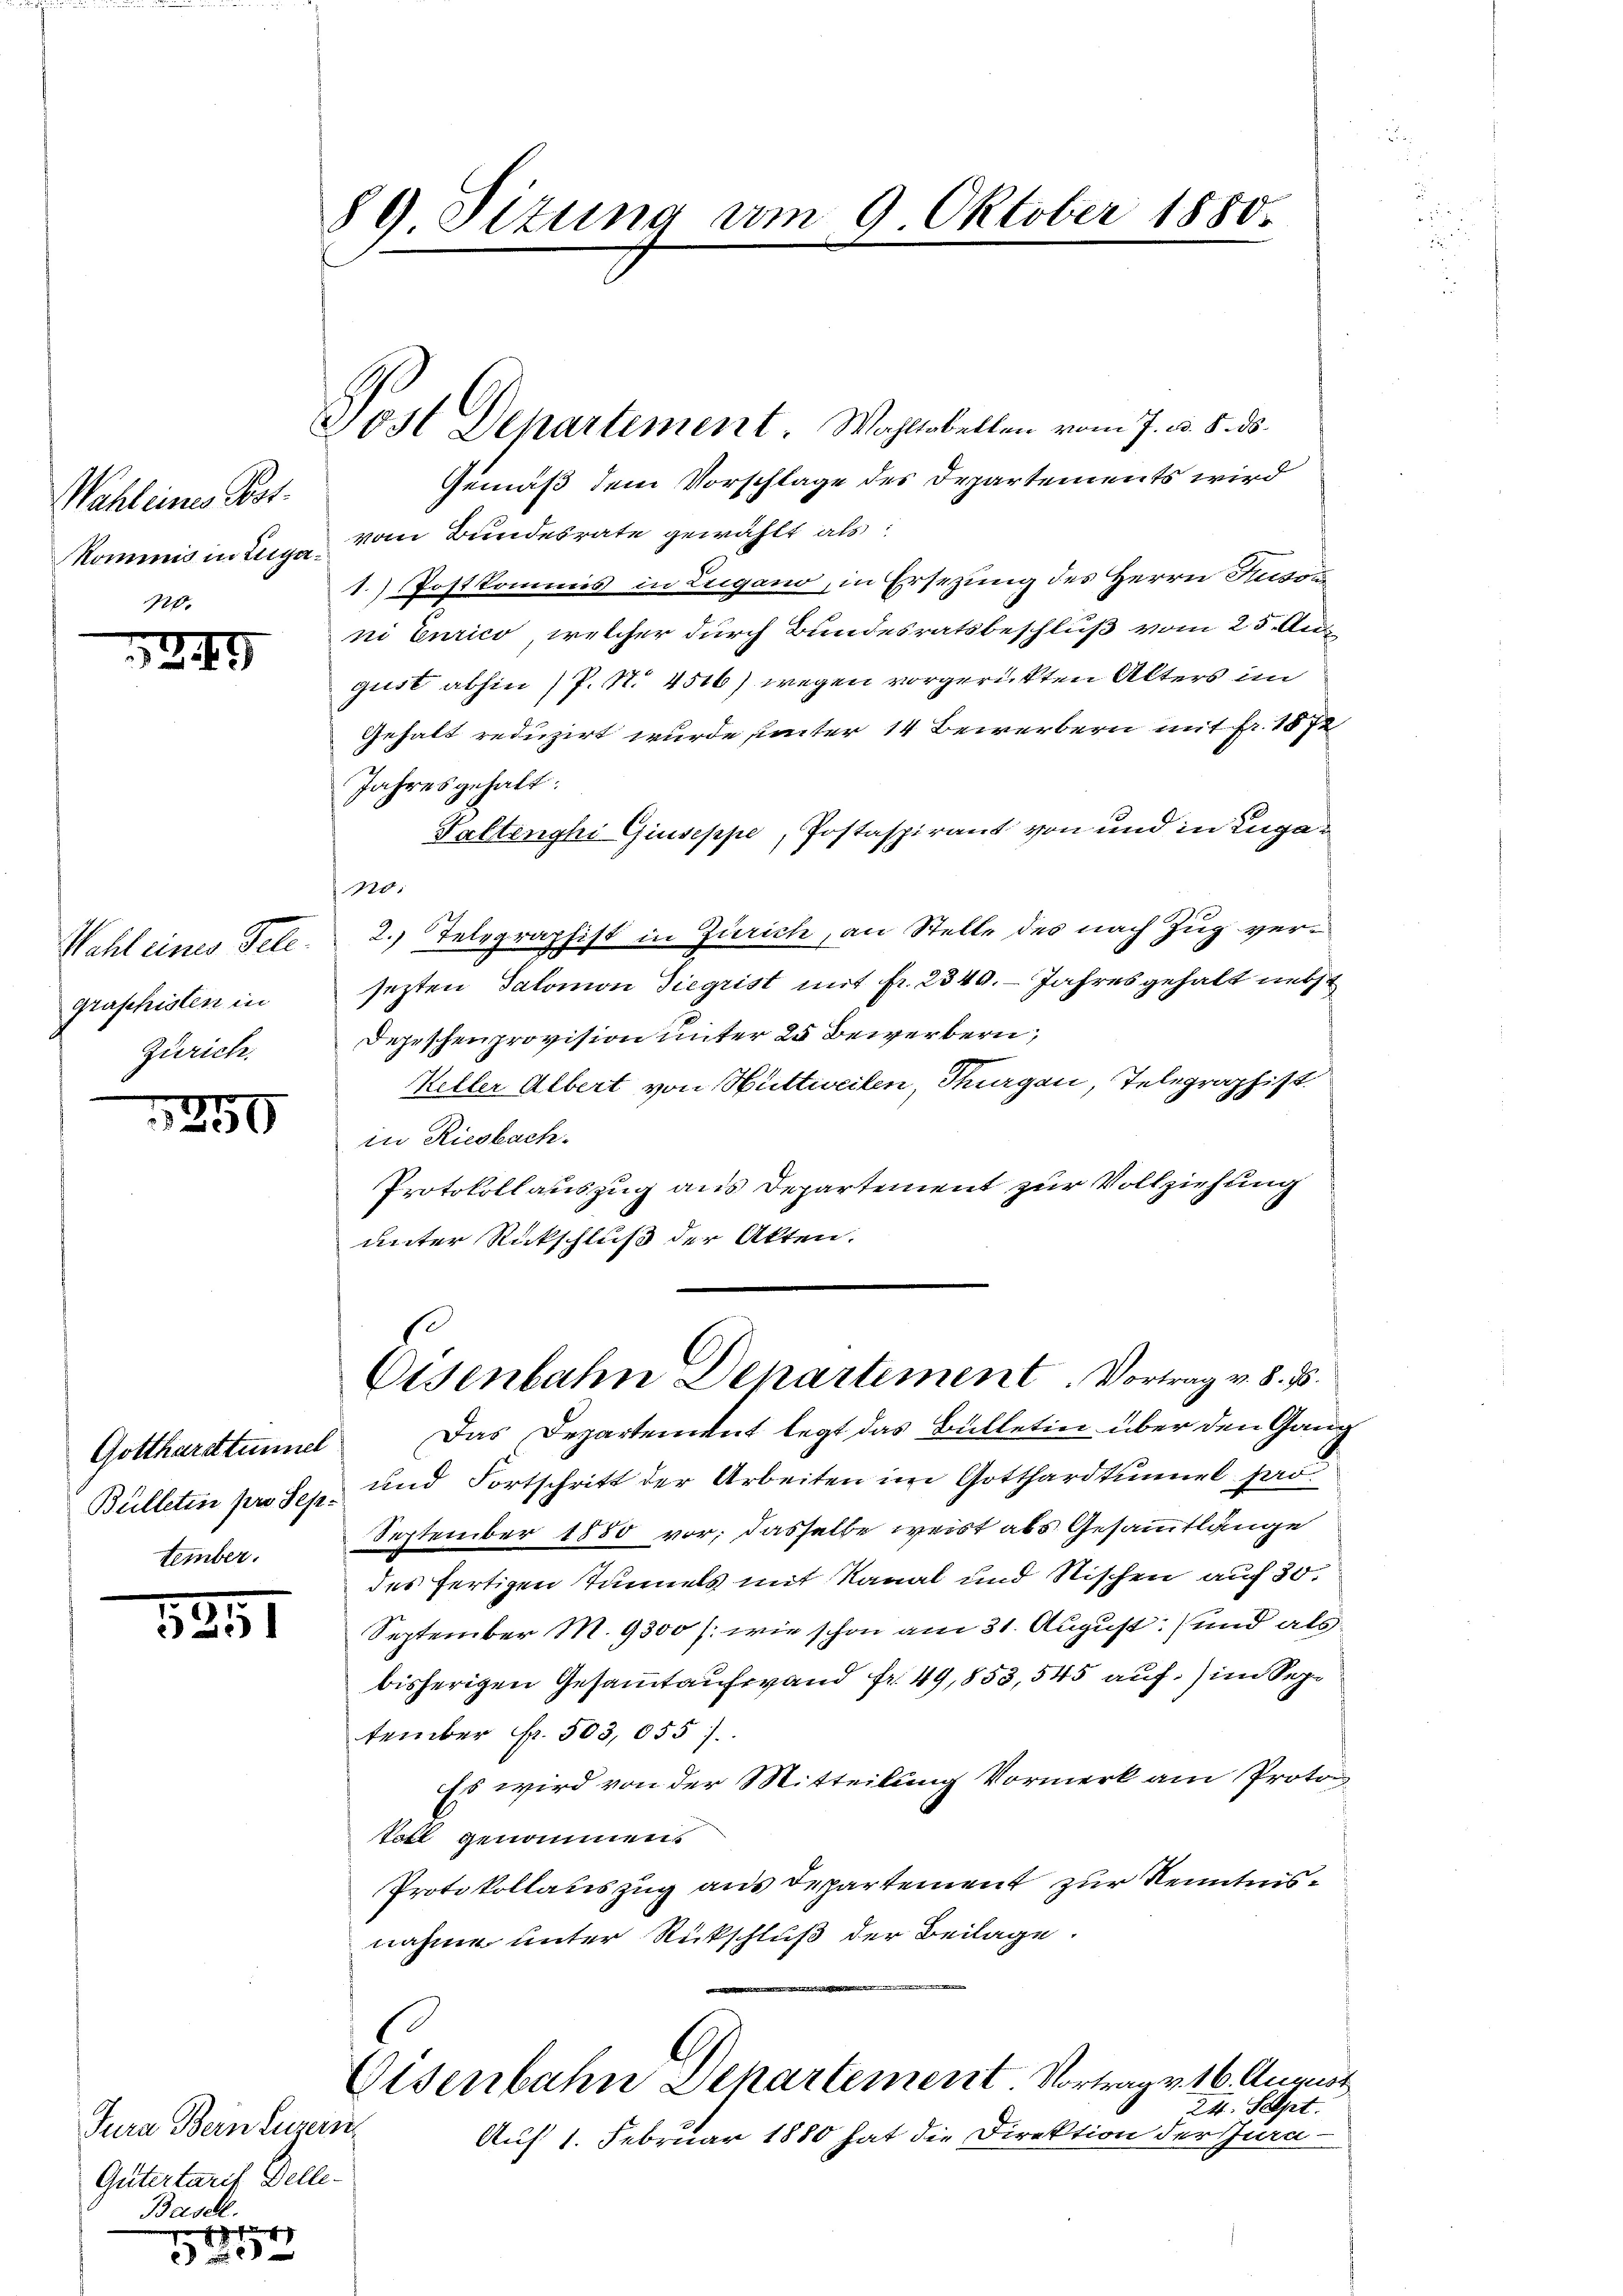
Wahleines Post.
kommis in Enga¬

247

Wahl eines Telegraphisten in
Zürich.

1259

tember.

3851

Jura Bern Luzern
Gütertaris Delle-
Basel.
n herauf den sich

x

89 Sizung vom 9. Oktober 1880.

Post Departement. Wohltobelten vom 7. d. 8. ds.
Gemäß dem Vorschlage des Departements wird
vom Bundesrate gewählt als:
1.) Postkommis in Lugano, in Ersezung des Herrn Reson
ni Eurico, welcher durch Bundesratsbeschluß vom 25. Au
gilt abhin (P. Nr. 4516) wegen vorgerückten Alters in
Gehalt reduzirt wurde unter 14 Bewerbern mit Fr. 18 f
Jahresgehalt:
Valtenghi Giuseppe, Postaspirant von und in Zuga¬
120.
2. Telegraphist in Zürich, an Stelle des nach Zug versezten Salomon Siegrist mit fr. 2340. Jahres gehalt nebst
Depeschenprovision unter 20 Bewerbern,
Keller Albert von Huttweilen, Thurgau, Telegraphist.
in Riesbach.
Protokollauszug aus Departement zur Vollziehung
unter Rückschluß der Akten.
Eisenbahn Departement. Vortrag v. 8. ds.
Gotthardtunnel Das Departement legt das Bulletin über den Gang
Bülleten pro Sep. und Fortschritt der Arbeiten im Gotthardtunnel po
September 1880 vor; dasselbe weist als Gesammtlänge
des fertigen Tunnels mit Kanal und Stischen auf 30.
September M. 9300 /: wie schon am 31. August und als
bisherigen Gesammtaufwand fr. 49,853, 545 auf im September Fr. 503,055.
Es wird von der Mitteilung Vormerk am Proto
Soll genommen.
Protokollauszug aus Departement zur Kenntnisnahme unter Rückschluß der Beilage.
Eisenbahn Departement. Vortrag v. 16. August
24. Sept.
Auf 1. Februar 1880 hat die Direktion der Jura.